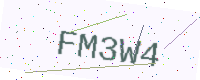
Text: FM3W4